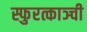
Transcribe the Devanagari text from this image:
स्फुरत्काञ्ची